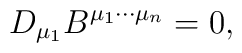
D_{\mu_1} B^{\mu_1 \cdots \mu_n} = 0,